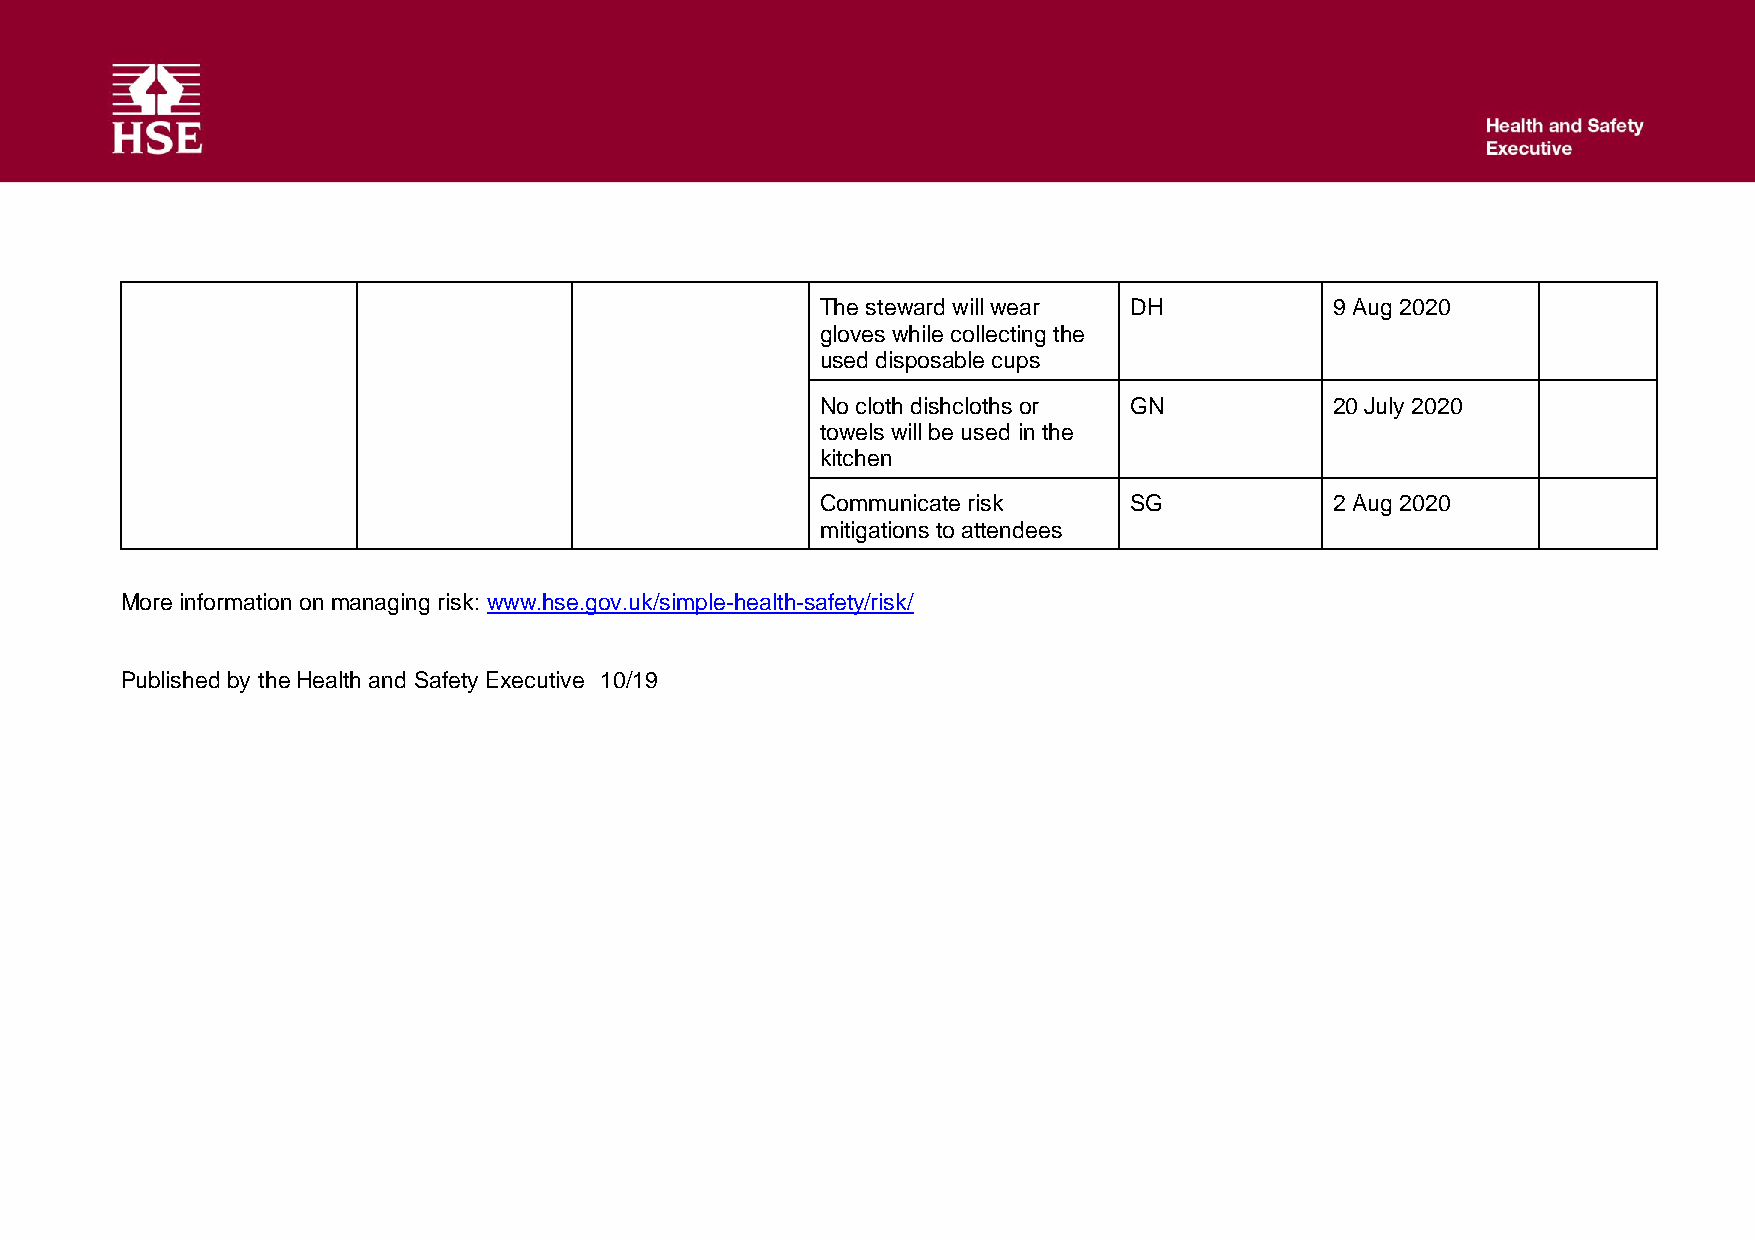
The steward will wear DH          9 Aug 2020
 gloves while collecting the
 used disposable cups
 No cloth dishcloths or GN         20 July 2020
 towels will be used in the
 kitchen
 Communicate risk     SG           2 Aug 2020
 mitigations to attendees
 More information on managing risk: www.hse.gov.uk/simple-health-safety/risk/
 Published by the Health and Safety Executive 10/19